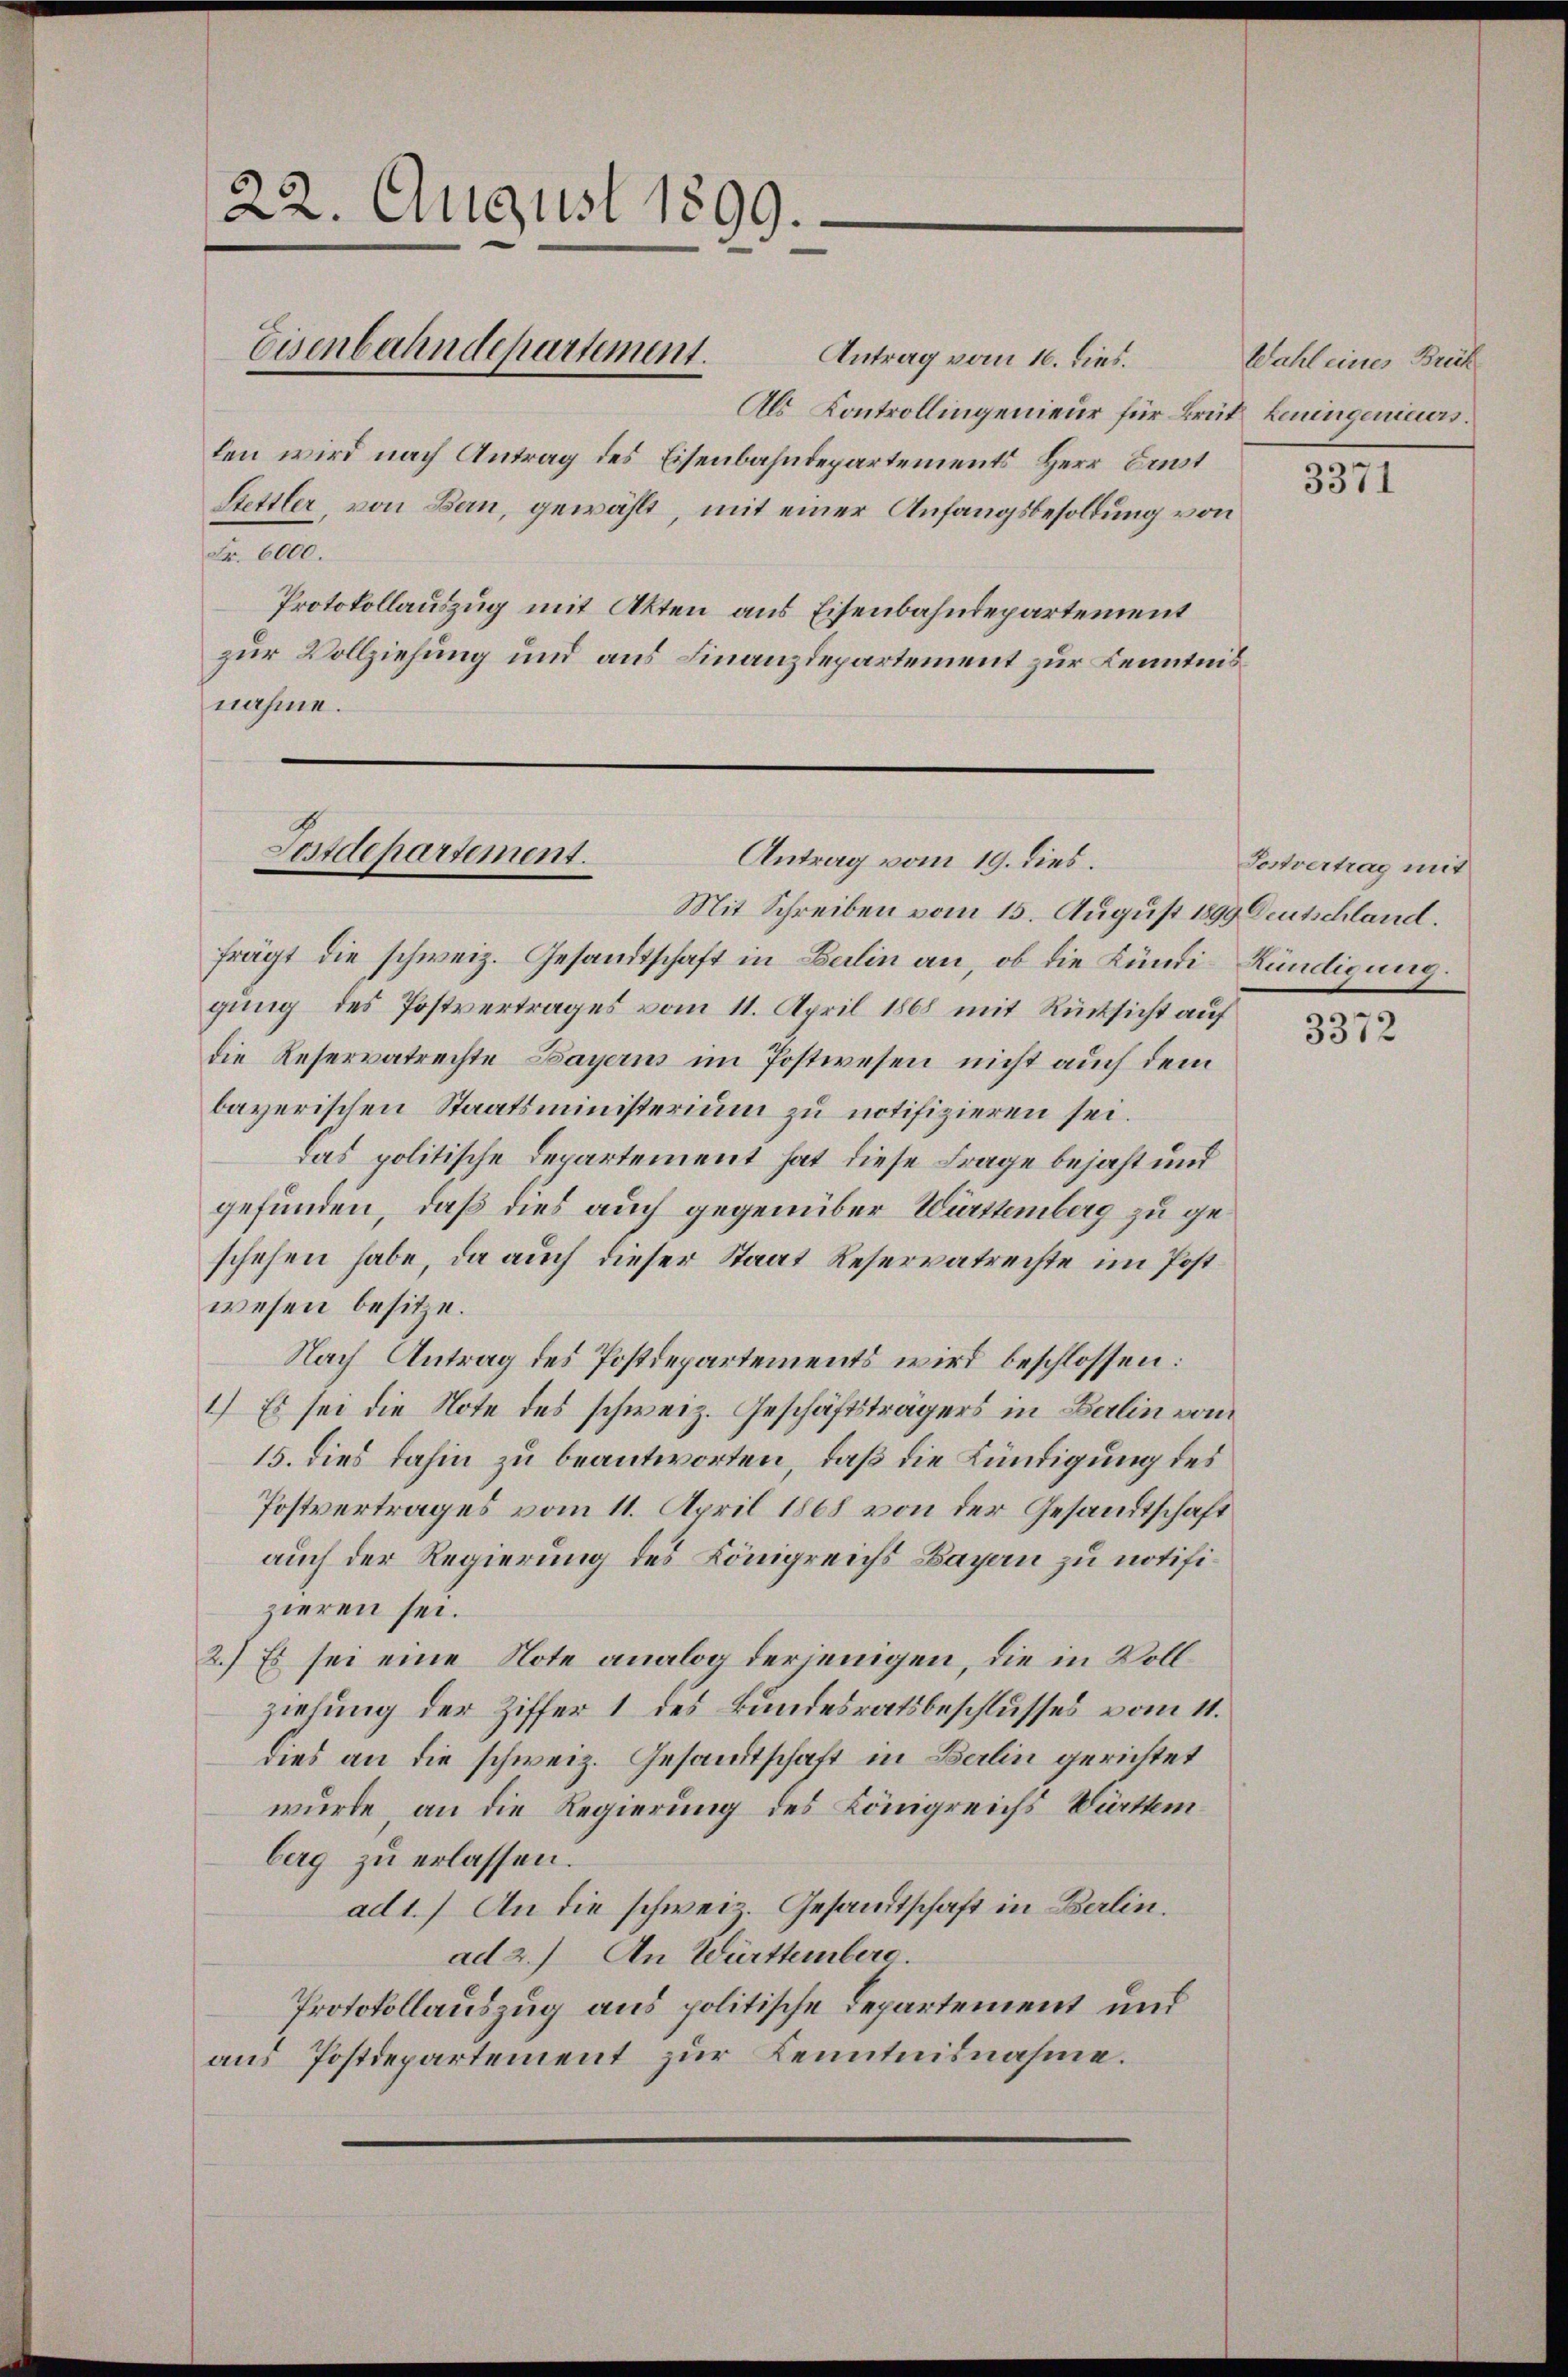
22. August 1899.
Eisenbahndepartement.

Fr. 6000.

Postdepartement.

Antrag vom 16. dies.
Als Controllingenieur für Brüt Leningenieurs.
len wird nach Antrag des Eisenbahndepartements Herr Ernst
Stettler, von Bern, gewählt, mit einer Anfangsbesoldung von
Protokollauszug mit Akten aus Eisenbahndepartement
zur Vollziehung und aus Finanzdepartement zur Kenntnis
nahme.

Antrag vom 19. dies.
Mit Schreiben vom 15. August 1899 Deutschland.
frägt die schweiz. Gesandtschaft in Berlin an, ob die Kündi Kündigung.
gung des Postvertrages vom 11. April 1868 mit Rücksicht auf
die Reservatrechte Bayerns im Postwesen nicht auch dem
bayerischen Staatsministerium zu notifizieren sei.
Das politische Departement hat diese Frage bejaht und
gefunden, daß dies auch gegenüber Württemberg zu geschehen habe, da auch dieser Staat Reservatrechte im Postwesen besitze.
Nach Antrag des Postdepartements wird beschlossen:
1.) Es sei die Note des schweiz. Geschäftsträgers in Berlin vom
15. dies dahin zu beantworten, daß die Kündigung des
Postvertrages vom 11. April 1868 von der Gesandtschaft
auch der Regierung des Königreichs Bagan zu notifizieren sei.
2.) Es sei eine Note analog derjenigen, die in Vollziehung der Ziffer 1 des Bundesratsbeschlusses vom 11.
dies an die schweiz. Gesandtschaft in Berlin gerichtet
wurde, an die Regierung des Königreichs Württemberg zu erlassen.
ad 1.) An die schweiz. Gesandtschaft in Berlin.
ad 2.) An Württemberg.
Protokollauszug aus politische Departement und
aus Postdepartement zur Kenntnisnahme.

Wahl eines Buch

3371

Postvertrag mit

3372